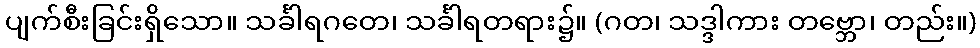
ပျက်စီးခြင်းရှိသော။ သင်္ခါရဂတေ၊ သင်္ခါရတရား၌။ (ဂတ၊ သဒ္ဒါကား တဗ္ဘော၊ တည်း။)